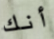
أنك